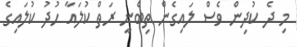
މި ދެ ކުދިން ވެސް ލައިގެން ތިބެނީ ރަތް ކުލައާ ހުދު ކުލައިގެ